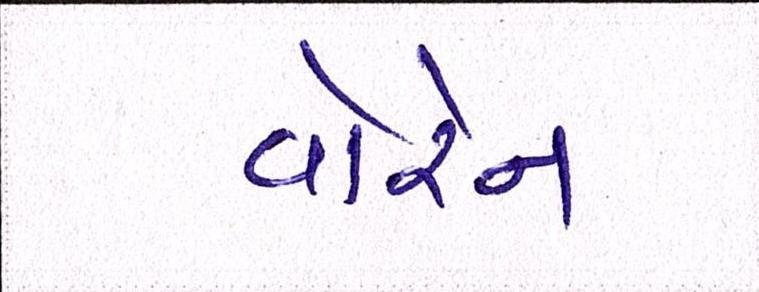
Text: વોરેન